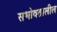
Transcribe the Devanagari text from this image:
सभोवतालील